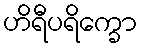
ဟိရီပရိက္ခော